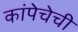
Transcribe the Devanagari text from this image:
कांपेचेची